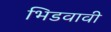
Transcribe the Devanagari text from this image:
भिडवावी